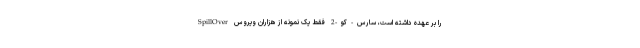
SpillOver را بر عهده داشته است، سارس-کو-2 فقط یک نمونه از هزاران ویروس